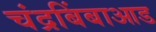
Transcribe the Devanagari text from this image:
चंद्रबिंबाआड